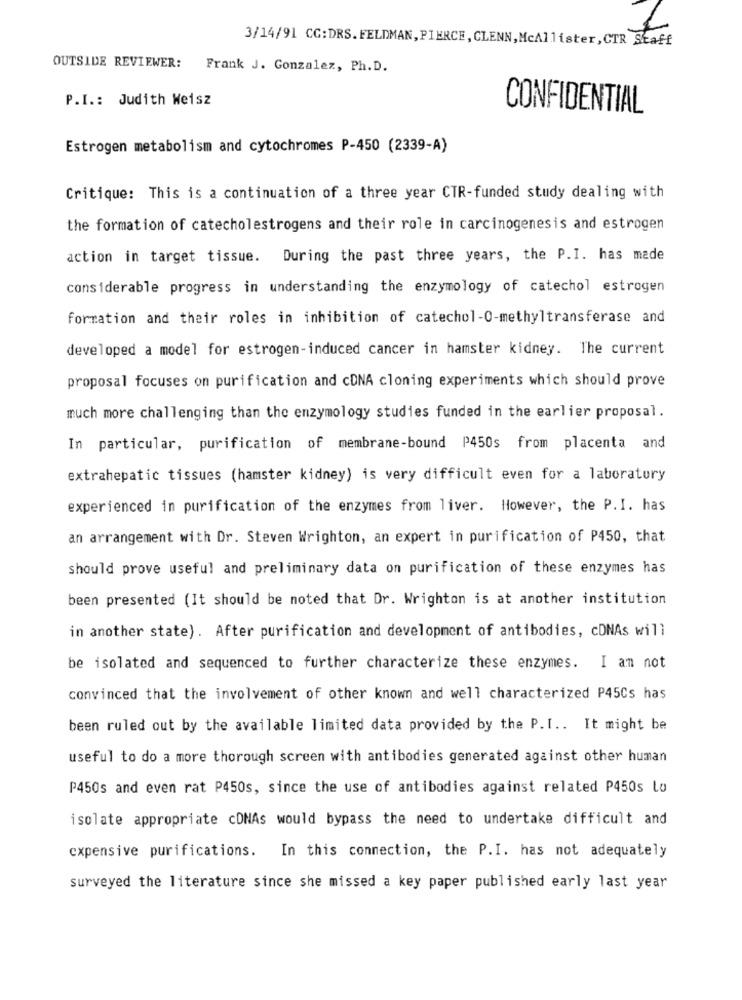
3/14/91 CG:DRS.FELDMAN, PIERCE, GLENN, McAllister, CTR Staff
OUTSIDE REVIEWER: Frank J. Gonzalez, Ph.D.
P.I .: Judith Weisz
CONFIDENTIAL
Estrogen metabolism and cytochromes P-450 (2339-A)
Critique: This is a continuation of a three year CTR-funded study dealing with
the formation of catecholestrogens and their role in carcinogenesis and estrogen
action in target tissue. During the past three years, the P.I. has made
considerable progress in understanding the enzymology of catechol estrogen
formation and their roles in inhibition of catechol-O-methyltransferase and
developed a model for estrogen-induced cancer in hamster kidney. The current
proposal focuses on purification and cDNA cloning experiments which should prove
much more challenging than the enzymology studies funded in the earlier proposal.
In particular, purification of membrane-bound P450s from placenta and
extrahepatic tissues (hamster kidney) is very difficult even for a laboratory
experienced in purification of the enzymes from liver. However, the P.I. has
an arrangement with Dr. Steven Wrighton, an expert in purification of P450, that
should prove useful and preliminary data on purification of these enzymes has
been presented (It should be noted that Dr. Wrighton is at another institution
in another state). After purification and development of antibodies, coNAs will
be isolated and sequenced to further characterize these enzymes. I am not
convinced that the involvement of other known and well characterized P45Cs has
been ruled out by the available limited data provided by the P.I .. It might be
useful to do a more thorough screen with antibodies generated against other human
P450s and even rat P450s, since the use of antibodies against related P450s Lo
isolate appropriate cDNAs would bypass the need to undertake difficult and
expensive purifications. In this connection, the P.I. has not adequately
surveyed the literature since she missed a key paper published early last year